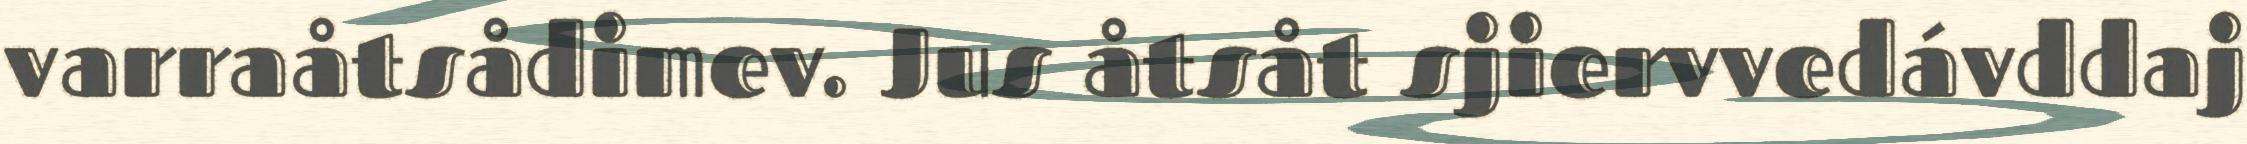
varraåtsådimev. Jus åtsåt sjiervvedávddaj